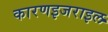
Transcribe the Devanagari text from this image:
कारणइजराइल